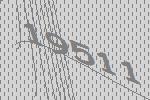
19511